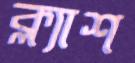
ক্ল্যাশ